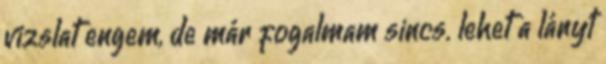
vizslat engem, de már fogalmam sincs. lehet a lányt